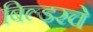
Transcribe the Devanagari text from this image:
बिल्डरचे